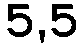
5,5